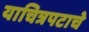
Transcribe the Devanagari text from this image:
याचित्रपटाचे